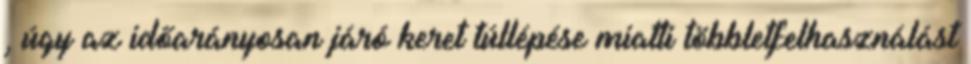
, úgy az időarányosan járó keret túllépése miatti többletfelhasználást